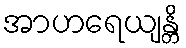
အာဟရေယျန္တိ